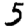
Digit: 5